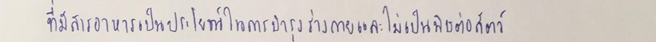
ที่มีสารอาหารเป็นประโยชน์ในการบำรุงร่างกายและไม่เป็นพิษต่อสัตว์